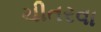
ચીતરવા